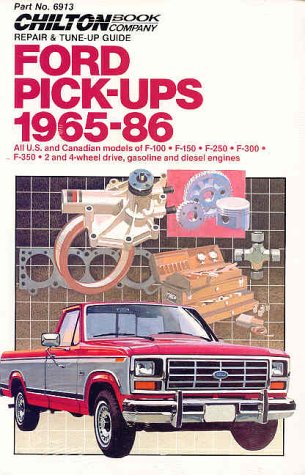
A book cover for Ford Pick-Ups, 1965-86; Engineering & Transportation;